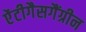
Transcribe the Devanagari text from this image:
ऐंटीगैसगैंग्रीन